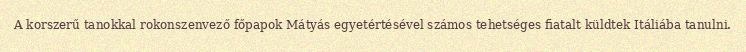
A korszerű tanokkal rokonszenvező főpapok Mátyás egyetértésével számos tehetséges fiatalt küldtek Itáliába tanulni.